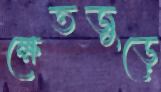
ক্ষেতজুড়ে